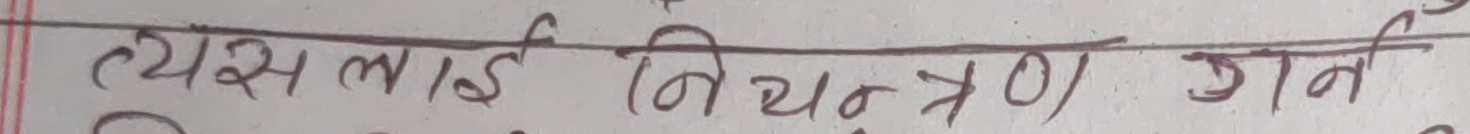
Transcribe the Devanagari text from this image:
त्यसलाई नियन्त्रण गर्न